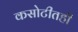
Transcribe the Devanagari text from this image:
कसोटीतही